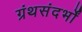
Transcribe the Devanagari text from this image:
ग्रंथसंदर्भों